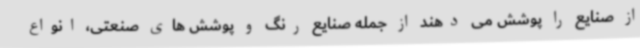
از صنایع را پوشش می دهند از جمله صنایع رنگ و پوشش های صنعتی، انواع